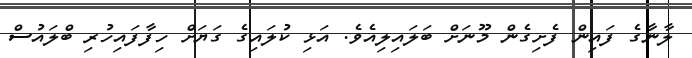
ލާނާގެ ފައިން ފެށިގެން މޫނަށް ބަލައިލިއެވެ. އަޅި ކުލައިގެ ގަޔަށް ހިފާފައިހުރި ބްލައުސް